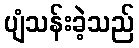
ပျံသန်းခဲ့သည်